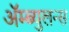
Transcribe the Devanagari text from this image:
ॲम्ब्युलन्स